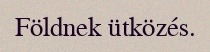
Földnek ütközés.